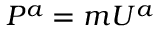
P ^ { a } = m U ^ { a }